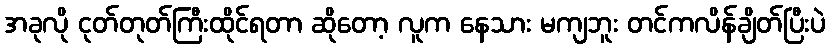
အခုလို ငုတ်တုတ်ကြီးထိုင်ရတာ ဆိုတော့ လူက နေသား မကျဘူး တင်ကလိန်ချိတ်ပြီးပဲ